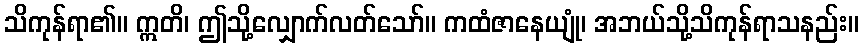
သိကုန်ရာ၏။ ဣတိ၊ ဤသို့လျှောက်လတ်သော်။ ကထံဇာနေယျုံ၊ အဘယ်သို့သိကုန်ရာသနည်း။